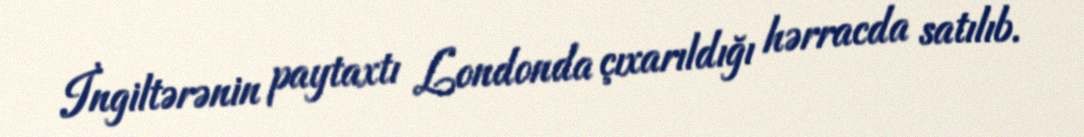
İngiltərənin paytaxtı Londonda çıxarıldığı hərracda satılıb.